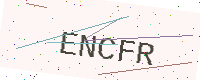
Text: ENCFR